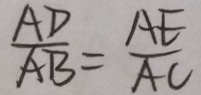
\frac { A D } { A B } = \frac { A E } { A C }